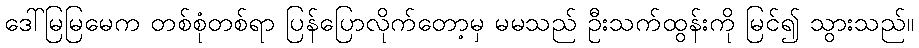
ဒေါ်မြမြမေက တစ်စုံတစ်ရာ ပြန်ပြောလိုက်တော့မှ မမသည် ဦးသက်ထွန်းကို မြင်၍ သွားသည်။